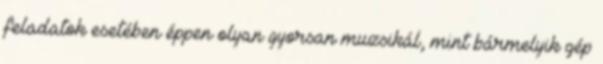
feladatok esetében éppen olyan gyorsan muzsikál, mint bármelyik gép